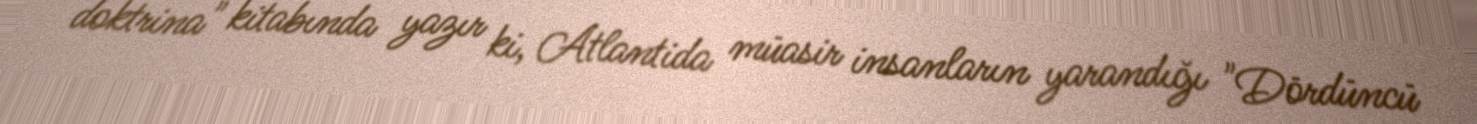
doktrina" kitabında yazır ki, Atlantida müasir insanların yarandığı "Dördüncü